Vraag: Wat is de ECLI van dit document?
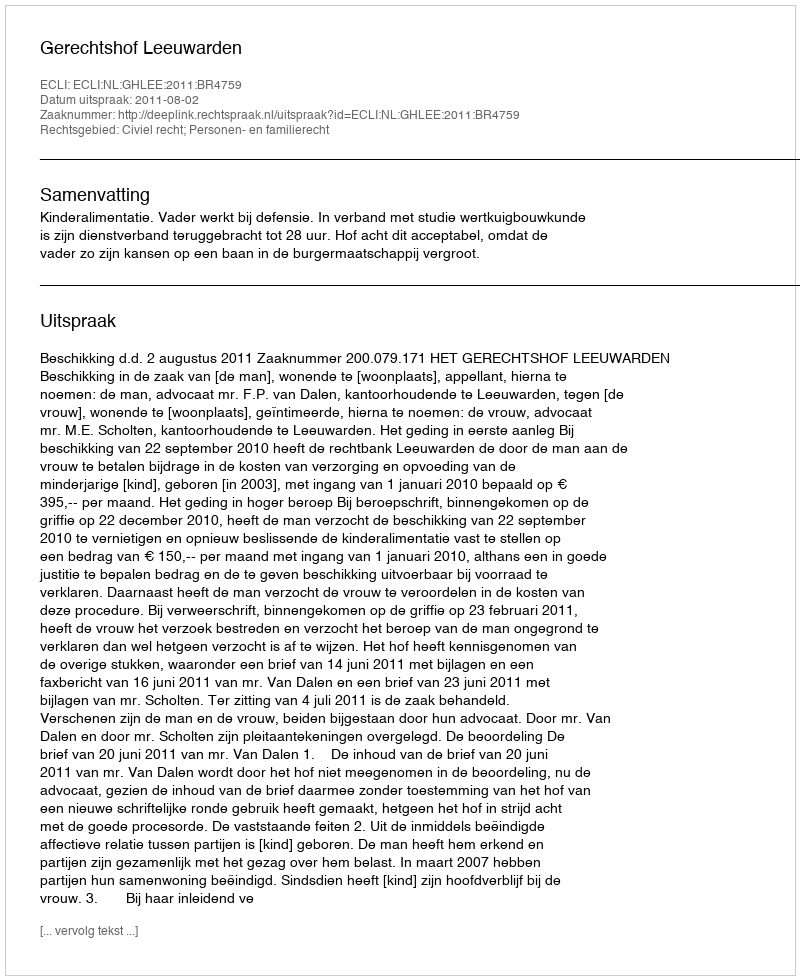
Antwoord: ECLI:NL:GHLEE:2011:BR4759